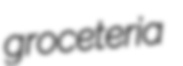
groceteria